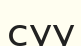
суу